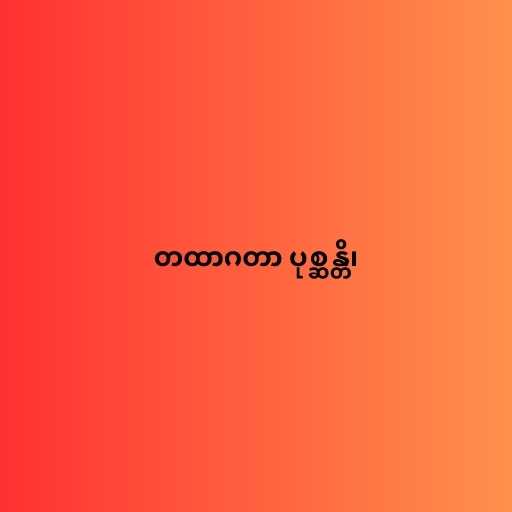
တထာဂတာ ပုစ္ဆန္တိ၊